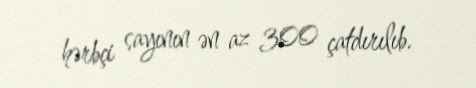
hərbçi sayının ən az 300 çatdırılıb.